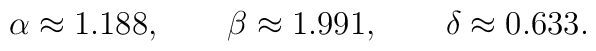
\alpha\approx1.188, \qquad \beta\approx1.991, \qquad \delta\approx0.633.